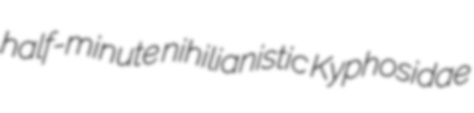
half-minute nihilianistic Kyphosidae